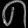
Digit: ၈